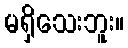
မရှိသေးဘူး။